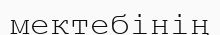
мектебінің